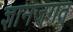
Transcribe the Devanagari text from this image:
ज्ञानजगत्‌